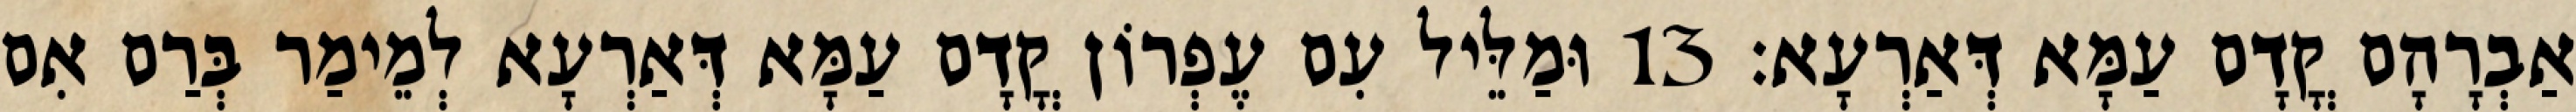
אַבְרָהָם קֳדָם עַמָּא דְּאַרְעָא׃ 13 וּמַלֵּיל עִם עֶפְרוֹן קֳדָם עַמָּא דְּאַרְעָא לְמֵימַר בְּרַם אִם